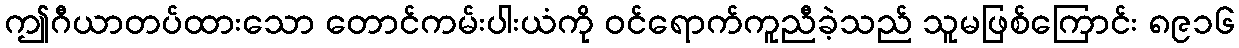
ဤဂီယာတပ်ထားသော တောင်ကမ်းပါးယံကို ဝင်ရောက်ကူညီခဲ့သည် သူမဖြစ်ကြောင်း ၈၉၁၆